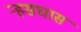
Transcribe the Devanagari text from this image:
र्‍हसघास